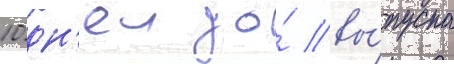
10 дн'еи до́ вы́пуска